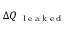
\Delta Q _ { \mathrm { ~ \tiny ~ l ~ e ~ a ~ k ~ e ~ d ~ } }